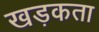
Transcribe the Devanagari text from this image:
खड़कता